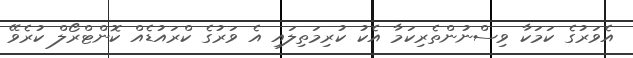
އެވަރުގެ ކަމަކާ ވިސްނުންތެރިކަމާ އެކު ކުރިމަތިލައި އެ ވަރުގެ ކްރައުޑެއް ކޮންޓްރޯލް ކުރެވޭ